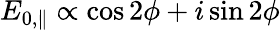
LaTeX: E_{0,\parallel}\propto\cos 2\phi+i\sin 2\phi